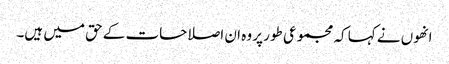
انھوں نے کہا کہ مجموعی طور پر وہ ان اصلاحات کے حق میں ہیں۔